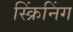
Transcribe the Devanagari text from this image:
स्क्रिंनिंग